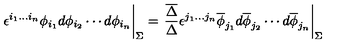
\left. \phantom { { \frac { A } { B } } } { \epsilon ^ { i _ { 1 } \ldots i _ { n } } \phi _ { i _ { 1 } } d \phi _ { i _ { 2 } } \cdots d \phi _ { i _ { n } } } \right| _ { \Sigma } = \left. { \frac { \overline { { \Delta } } } { \Delta } } { \epsilon ^ { j _ { 1 } \ldots j _ { n } } \overline { { \phi } } _ { j _ { 1 } } d \overline { { \phi } } _ { j _ { 2 } } \cdots d \overline { { \phi } } _ { j _ { n } } } \right| _ { \Sigma }